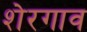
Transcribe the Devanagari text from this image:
शेरगाव